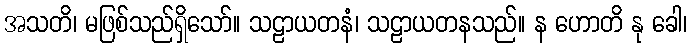
အသတိ၊ မဖြစ်သည်ရှိသော်။ သဠာယတနံ၊ သဠာယတနသည်။ န ဟောတိ နု ခေါ၊